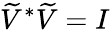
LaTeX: \widetilde{V}^{*}\widetilde{V}=I